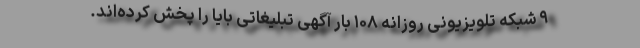
۹ شبکه تلویزیونی روزانه ۱۰۸ بار آگهی تبلیغاتی بایا را پخش کرده‌اند.